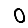
Digit: 0